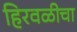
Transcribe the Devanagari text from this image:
हिरवळीचा